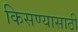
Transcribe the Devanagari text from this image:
किसण्यासाठी